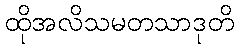
ထိုအလိသမတသာဒုတိ